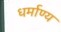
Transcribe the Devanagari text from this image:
धर्माण्य